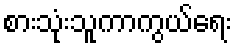
စားသုံးသူကာကွယ်ရေး